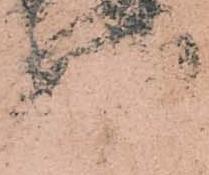
様